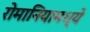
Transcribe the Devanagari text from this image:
रोमानियामध्ये